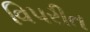
વિ૫રીત